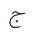
Letter: _gim